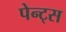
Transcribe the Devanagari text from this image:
पेन्ट्स